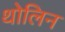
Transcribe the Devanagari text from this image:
थोलिन